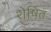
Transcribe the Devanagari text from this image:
शेषितं